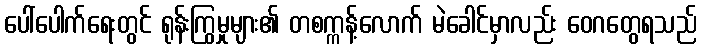
ပေါ်ပေါက်ရေးတွင် ရုန်းကြွမှုများ၏ တစက္ကန့်လောက် မဲခေါင်မှာလည်း ဝေဂတွေရသည်